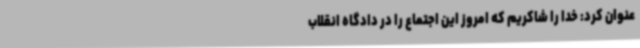
عنوان کرد: خدا را شاکریم که امروز این اجتماع را در دادگاه انقلاب